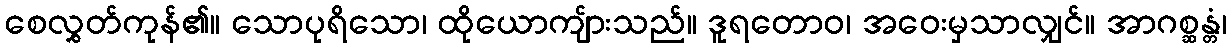
စေလွှတ်ကုန်၏။ သောပုရိသော၊ ထိုယောကျ်ားသည်။ ဒူရတောဝ၊ အဝေးမှသာလျှင်။ အာဂစ္ဆန္တံ၊